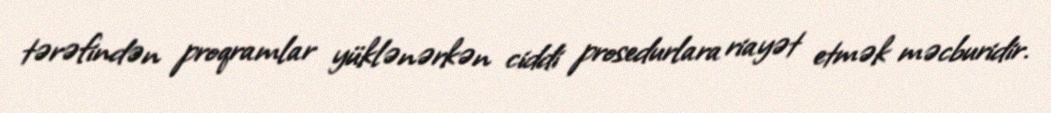
tərəfindən proqramlar yüklənərkən ciddi prosedurlara riayət etmək məcburidir.